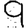
Digit: 9